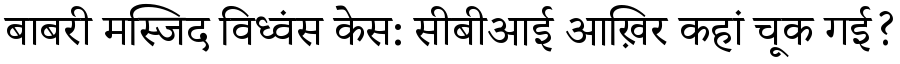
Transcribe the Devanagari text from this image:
बाबरी मस्जिद विध्वंस केस: सीबीआई आख़िर कहां चूक गई?